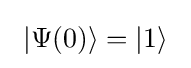
\ \left|\Psi (0)\right\rangle =\left|1\right\rangle \